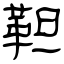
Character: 靼